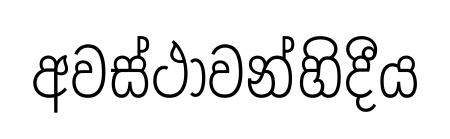
අවස්ථාවන්හිදීය